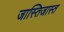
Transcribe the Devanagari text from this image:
जास्तिजास्त